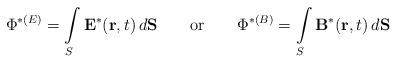
LaTeX: \begin{align*}\Phi^{*(E)}=\int\limits_S {\bf E}^*({\bf r},t)\,d{\bf S}\qquad \mbox{or}\qquad\Phi^{*(B)}=\int\limits_S {\bf B}^*({\bf r},t)\,d{\bf S}\end{align*}